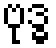
ဗုဒ္ဓ